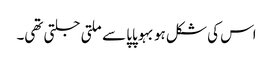
اس کی شکل ہو بہو پاپا سے ملتی جلتی تھی۔